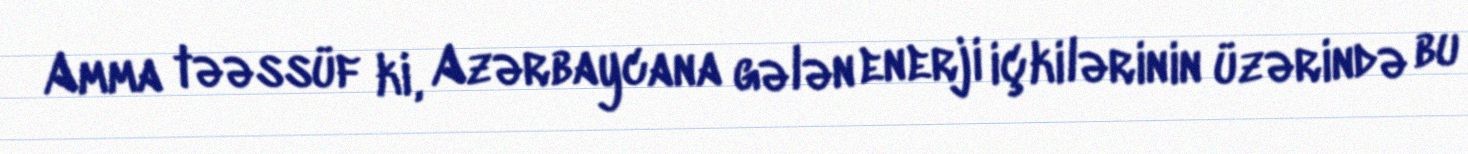
Amma təəssüf ki, Azərbaycana gələn enerji içkilərinin üzərində bu